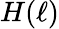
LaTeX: H(\ell)